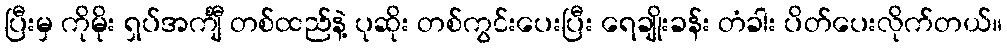
ပြီးမှ ကိုမိုး ရှပ်အင်္ကျီ တစ်ထည်နဲ့ ပုဆိုး တစ်ကွင်းပေးပြီး ရေချိုးခန်း တံခါး ပိတ်ပေးလိုက်တယ်။